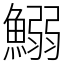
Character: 鰯